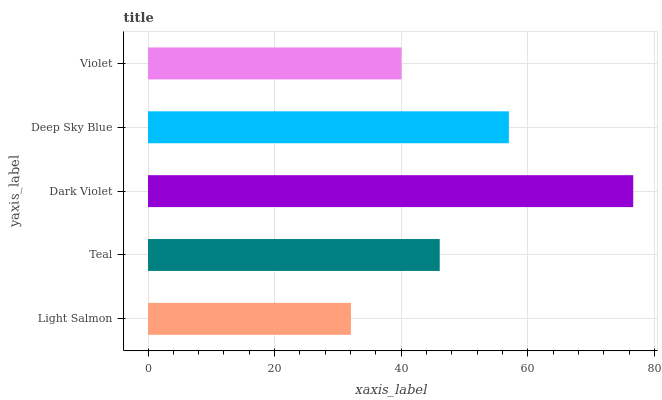
| yaxis_label | bars |
 | --- | --- |
 | Light Salmon | 32 |
 | Teal | 46.1 |
 | Dark Violet | 76.6 |
 | Deep Sky Blue | 57 |
 | Violet | 40 |